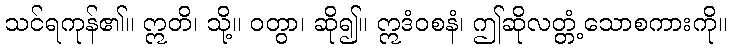
သင်ရကုန်၏။ ဣတိ၊ သို့။ ဝတွာ၊ ဆို၍။ ဣဒံဝစနံ၊ ဤဆိုလတ္တံ့သောစကားကို။